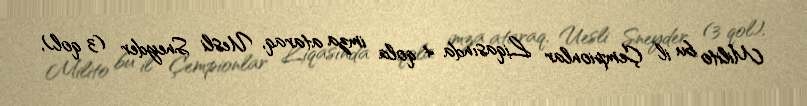
Milito bu il Çempionlar Liqasında 4 qola imza ataraq, Uesli Sneyder (3 qol),